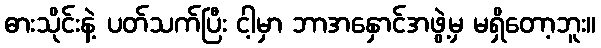
ဓားသိုင်းနဲ့ ပတ်သက်ပြီး ငါ့မှာ ဘာအနှောင်အဖွဲ့မှ မရှိတော့ဘူး။